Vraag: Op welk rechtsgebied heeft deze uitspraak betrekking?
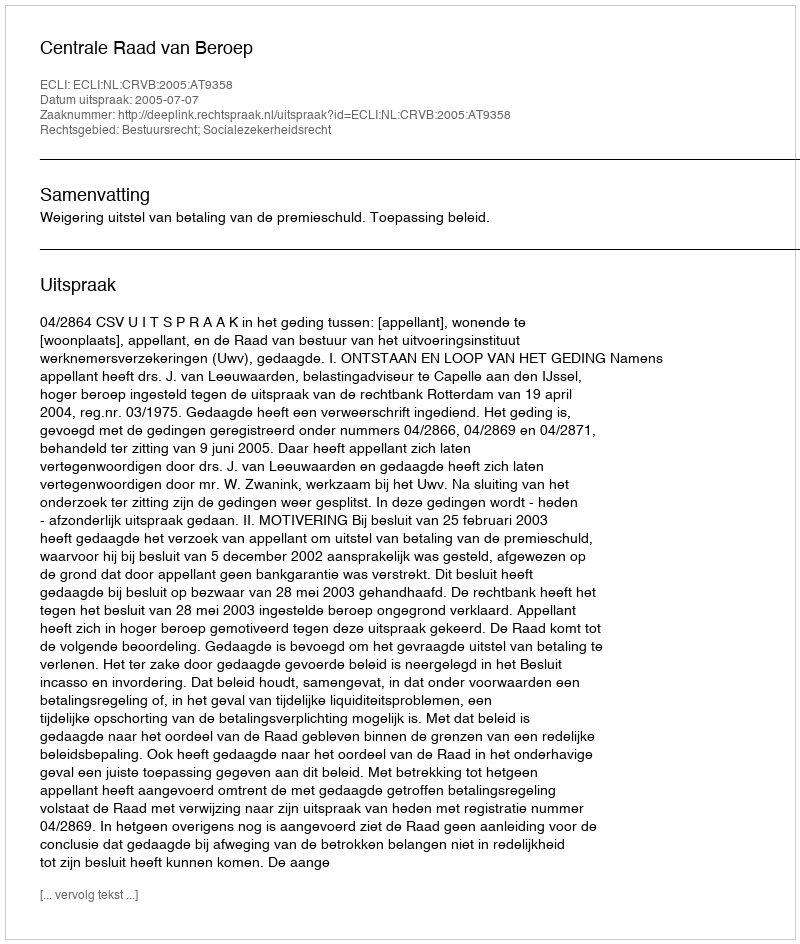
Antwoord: Bestuursrecht; Socialezekerheidsrecht